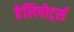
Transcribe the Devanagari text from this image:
हेलिपोर्ट्स